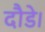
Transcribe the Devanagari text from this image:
दौडे।